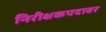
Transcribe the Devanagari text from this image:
निरीक्षकपदावर